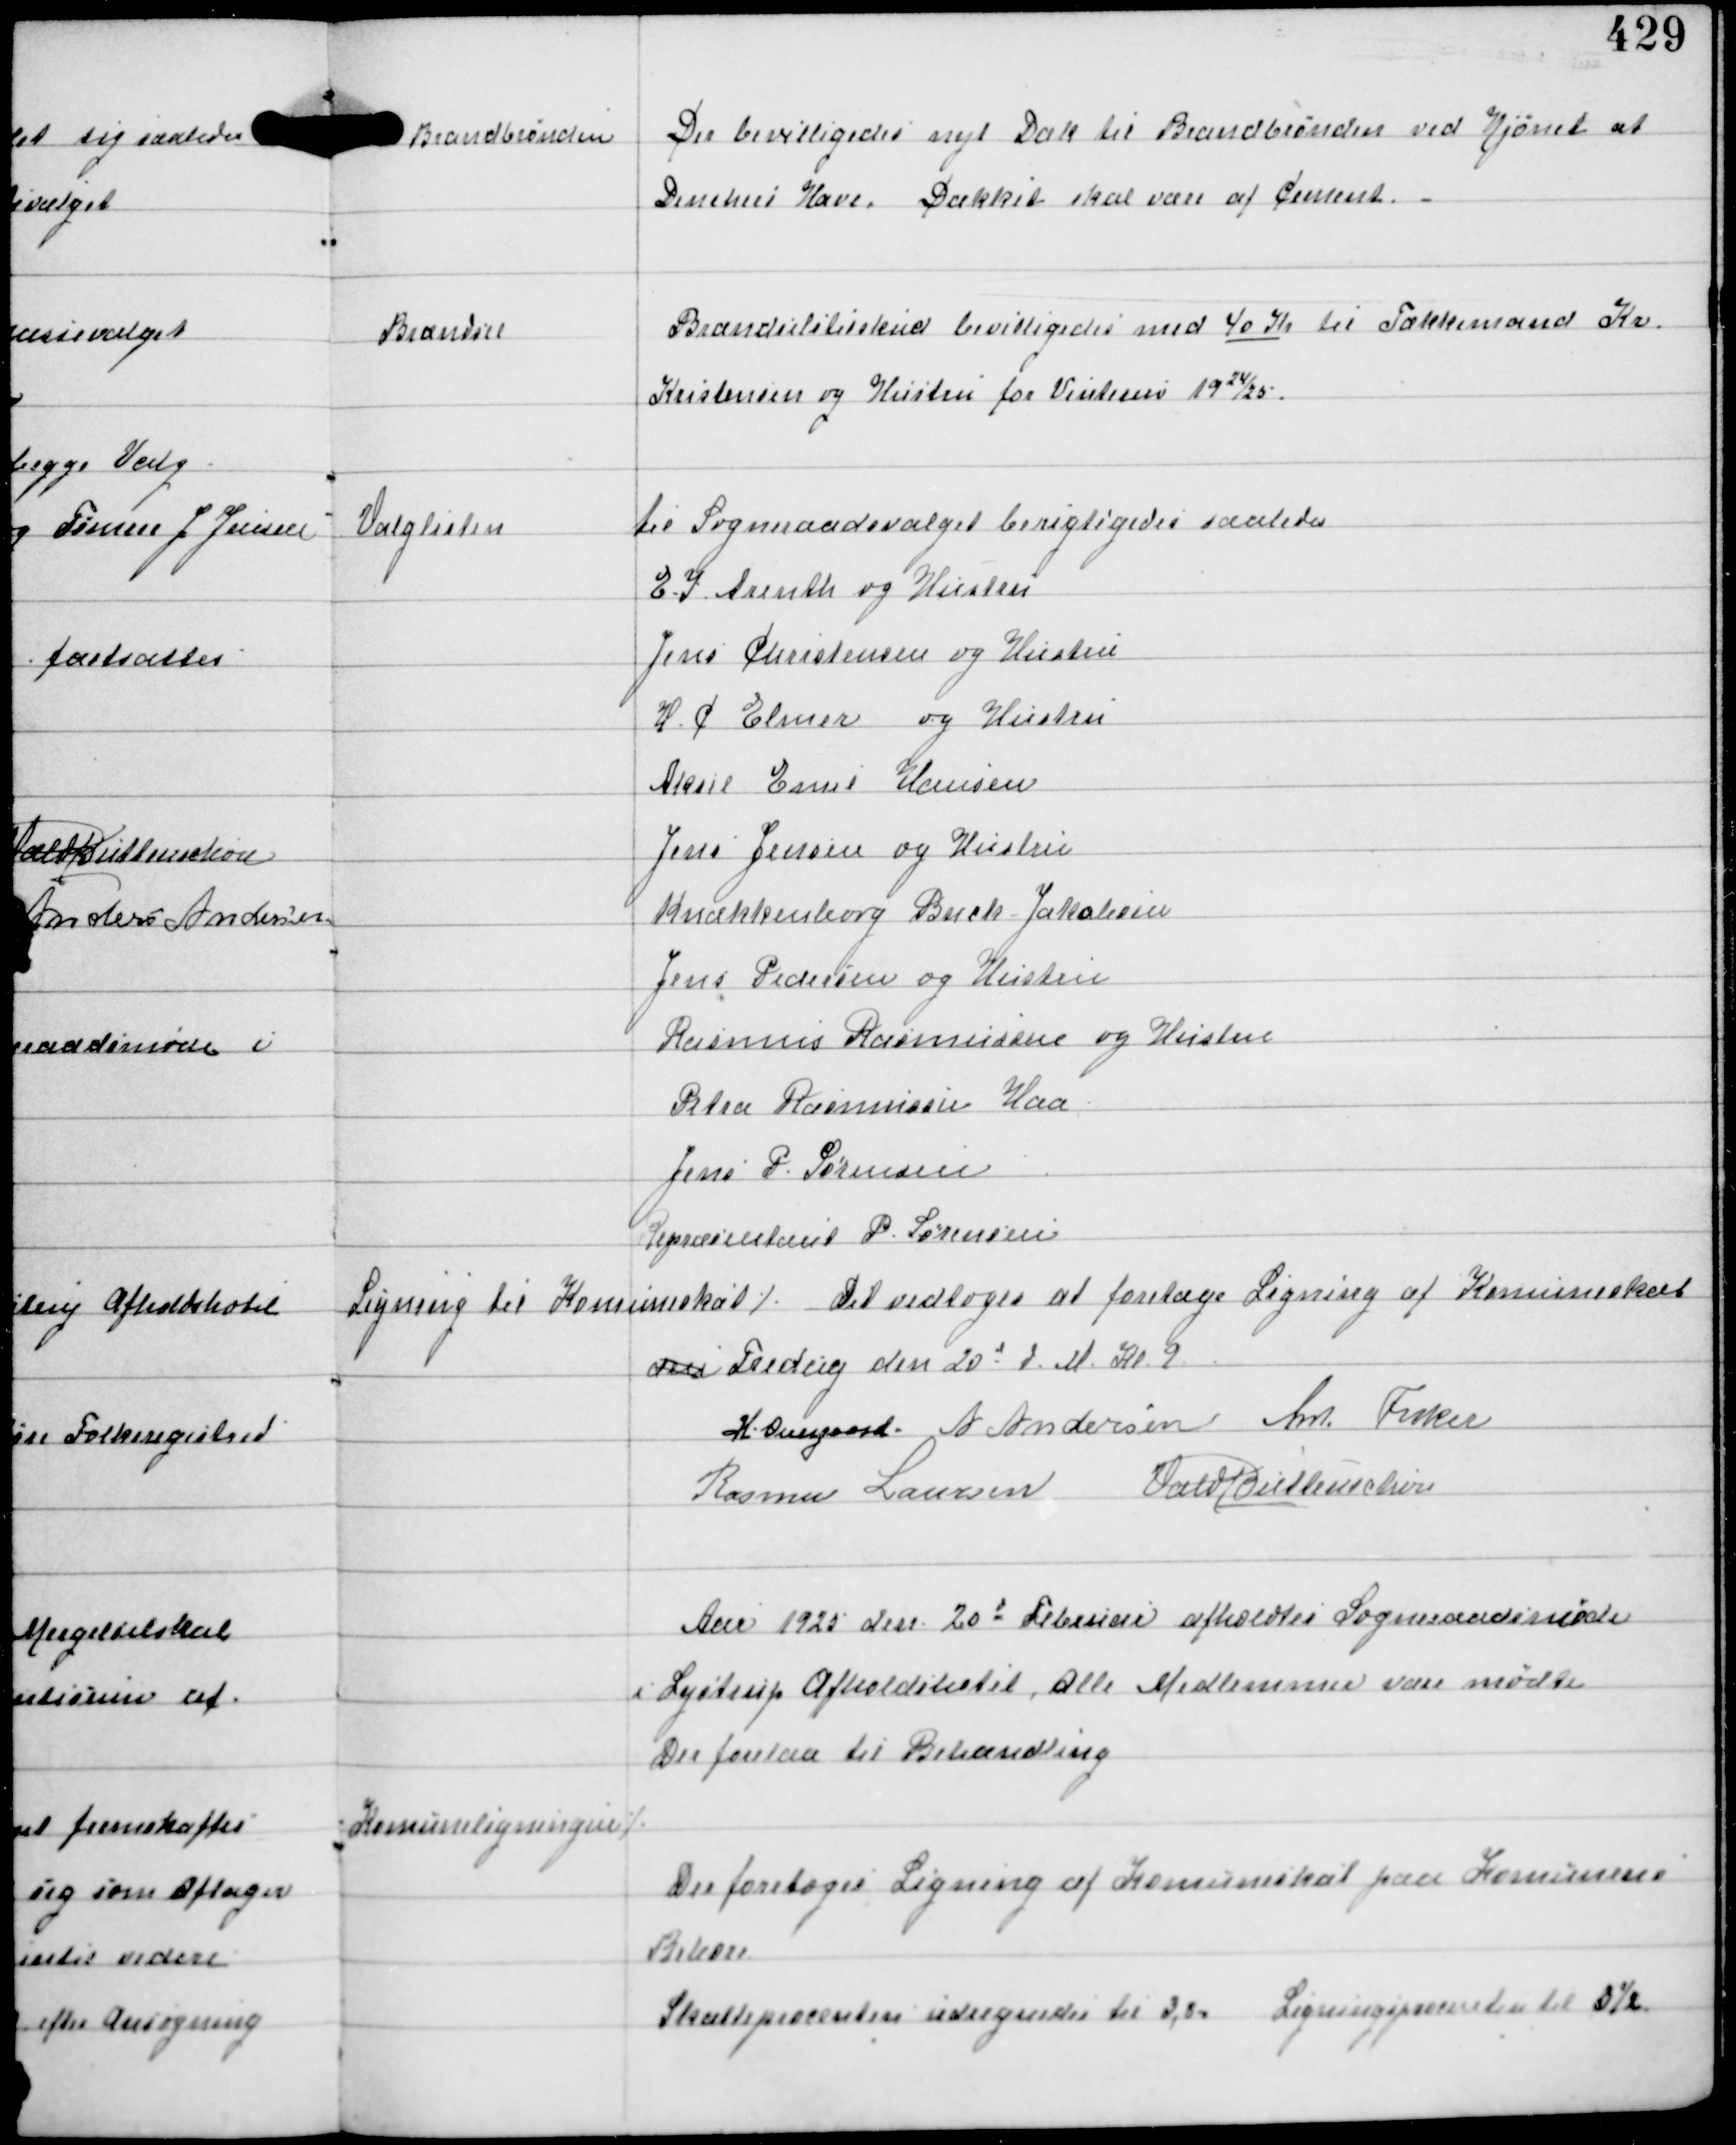
Transskription:
Brandbrønden

Der bevilligedes nyt Dæk til Brandbrønden ved Hjørnet af
Denckers Have. Dækket skal være af Cement.

Brændsel

Brændselstilskud bevilligedes med 40 Kr til Tækkemand Kv.
Kristensen og Hustru for Vinteren 1924/25.

Valglisten

til Sogneraadsvalget berigtigedes saaledes
E.I Arenth og Hustru
Jens Christensen og Hustru
H.C Elmer og Hustru
Aksel Emil Hansen
Jens Jensen og Hustru
Knækkenborg Buck Jakobsen
Jens Pedersen og Hustru
Rasmus Rasmussen og Hustru
Petra Rasmussen Haa
Jens P. Sørensen
Repræsentant P. Sørensen

Ligning til Komuneskat

⁒ Det vedtoges at foretage Ligning af Komuneskat
den Fredag den 20d d.M Kl 9

H. Overgaard A Andersen An Fisker
Rasmus Laursen Vald Buttenschøn

Aar 1925 den 20d Februar afholdtes Sogneraadsmøde
i Lystrup Afholdshotel. Alle Medlemmer vare mødte
Der forelaa til Behandling

Komuneligningen ⁒

Der foretoges Ligning af Komuneskat paa Komunens
Beboere
Skatteprocenten udregnedes til 3,80. Ligningsprocenten til 3½